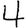
Digit: 4